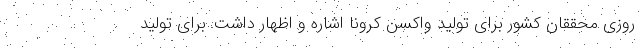
روزی محققان کشور برای تولید واکسن کرونا اشاره و اظهار داشت: برای تولید